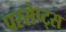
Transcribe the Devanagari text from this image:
परसेप्ट्स